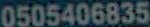
0505406835